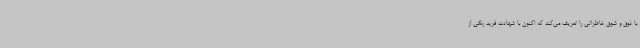
با ذوق و شوق خاطراتی را تعریف می‌کند که اکنون با شهادت فرید رنگی از